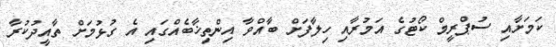
ކަމަށާއި ސުޕްރީމް ކޯޓުގެ އަމުރާއި ހިލާފަށް ބާއްވާ އިންތިޚާބެއްގައި އެ ގުޅުމަށް ތާއީދުކުރާ